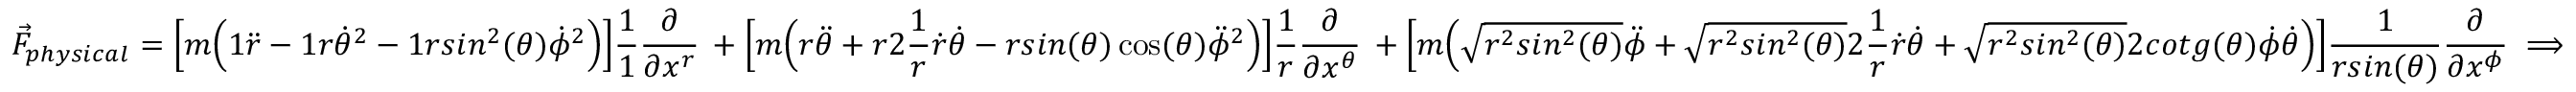
\vec { F } _ { p h y s i c a l } = \Big [ m \Big ( 1 \ddot { r } - 1 r \dot { \theta } ^ { 2 } - 1 r s i n ^ { 2 } ( \theta ) \dot { \phi } ^ { 2 } \Big ) \Big ] \frac { 1 } { 1 } \frac { \partial } { \partial x ^ { r } } \, + \Big [ m \Big ( r \ddot { \theta } + r 2 \frac { 1 } { r } \dot { r } \dot { \theta } - r s i n ( \theta ) \cos ( \theta ) \ddot { \phi } ^ { 2 } \Big ) \Big ] \frac { 1 } { r } \frac { \partial } { \partial x ^ { \theta } } \, + \Big [ m \Big ( \sqrt { r ^ { 2 } s i n ^ { 2 } ( \theta ) } \ddot { \phi } + \sqrt { r ^ { 2 } s i n ^ { 2 } ( \theta ) } 2 \frac { 1 } { r } \dot { r } \dot { \theta } + \sqrt { r ^ { 2 } s i n ^ { 2 } ( \theta ) } 2 c o t g ( \theta ) \dot { \phi } \dot { \theta } \Big ) \Big ] \frac { 1 } { r s i n ( \theta ) } \frac { \partial } { \partial x ^ { \phi } } \implies